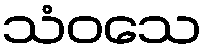
သံဝသေ